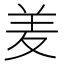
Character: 𮊢